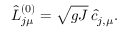
\hat { L } _ { j \mu } ^ { ( 0 ) } = \sqrt { g J } \, \hat { c } _ { j , \mu } .